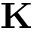
\textbf { K }